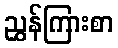
ညွှန်ကြားစာ